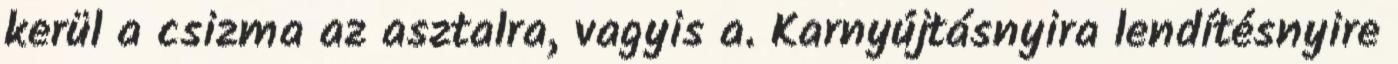
kerül a csizma az asztalra, vagyis a. Karnyújtásnyira lendítésnyire